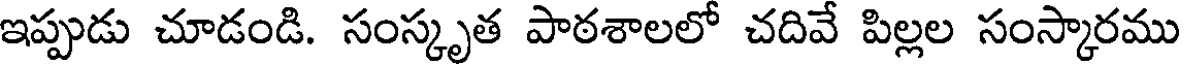
ఇప్పుడు చూడండి. సంస్కృత పాఠశాలలో చదివే పిల్లల సంస్కారము